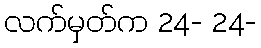
လက်မှတ်က 24- 24-